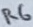
Text: R6